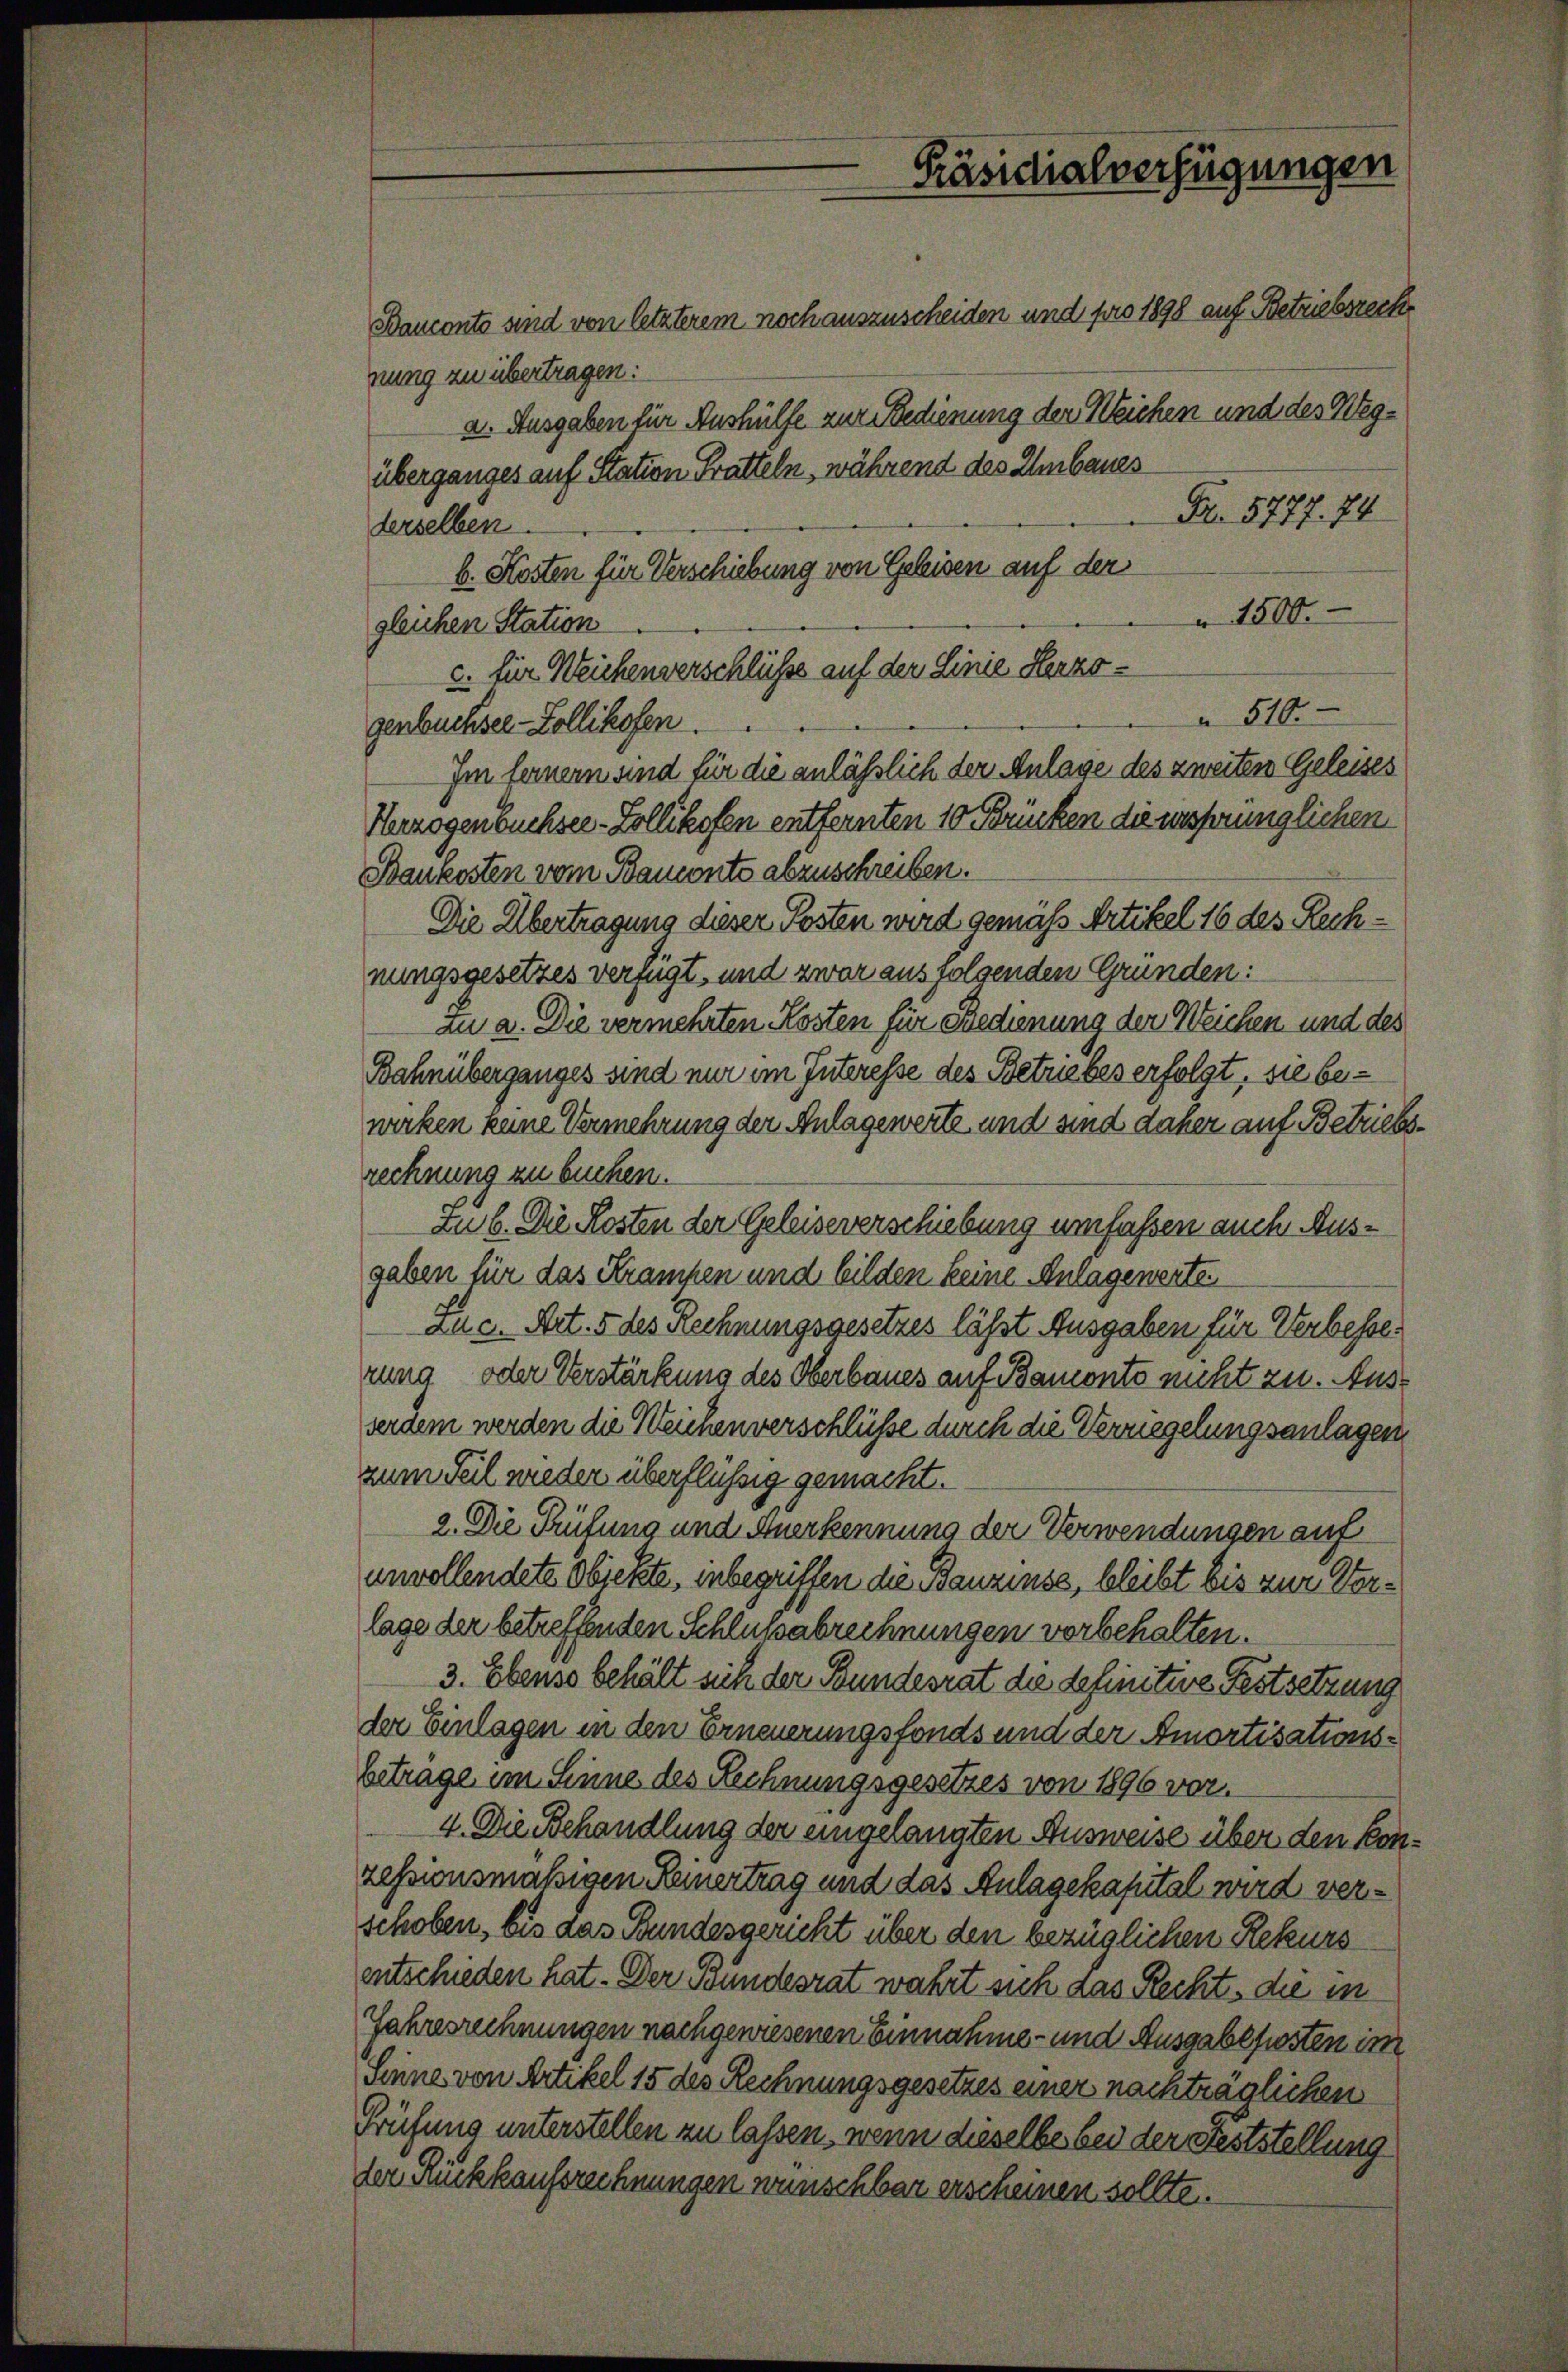
Präsidialverfügungen

Banconte sind von letzterem noch auszuscheiden und pro 1898 auf Betriebsrech
nung zu übertragen:
a. Ausgaben für Aushülfe zur Bedienung der Weichen und des Wegüberganges auf Station Pratteln, während des Umbaues
Nr. 5777. 74
derselben.
b. Kosten für Verschiebung von Geleisen auf der
1500.
gleichen Station
c. für Weichenverschlüsse auf der Linie Herzo¬
 510.
genbuchsee-Zollikofen
Im ferner sind für die anläßlich der Anlage des zweiten Geleises
Herzogenbüchsee-Zollikofen entfernten 10 Brücken die ursprünglichen
Baukosten vom Bauconte abzuschreiben.
Die Übertragung dieser Posten wird gemäß Artikel 16 des Rechnungsgesetzes verfügt, und zwar aus folgenden Gründen:
tu a. Die vermehrten Kosten für Bedienung der Weichen und des
Bahnüberganges sind nur im Interesse des Betriebes erfolgt, sie bewerken keine Vermehrung der Anlagewerte und sind daher auf Betriebs
rechnung zu buchen.
Zu b. Die Kosten der Geleiseverschiebung umfassen auch Ausgaben für das Krampen und bilden keine Anlagewerte
ad c. Art. 5 des Rechnungsgesetzes läßt Ausgaben für Verbesser
rung oder Verstärkung des Oberbaues auf Bamonts nicht zu. Ausserdem werden die Reichenverschlüsse durch die Verriegelungsanlagen
zum Teil wieder überflüssig gemacht.
2. Die Prüfung und Anerkennung der Verwendungen auf
unvollendete Objekte, inbegriffen die Bauzinse, bleibt bis zur Verlage der betreffenden Schlußabrechnungen vorbehalten.
3. Ebenso behält sich der Bundesrat die definitive Festsetzung
der Einlagen in den Erneuerungsfonds und der Amortisationsbetrage im Sinne des Rechnungsgesetzes von 1896 vor.
4. Die Behandlung der eingelangten Ausweise über den konzessionsmäßigen Reinertrag und das Anlagekapital wird verschoben, bis das Bundesgericht über den bezüglichen Rekurs
entschieden hat. Der Bundesrat wahrt sich das Recht, die in
Jahresrechnungen nachgewiesenen Einnahme- und Ausgabeposten im
Sinne von Artikel 15 des Rechnungsgesetzes einer nachträglichen
Prüfung unterstellen zu lassen, wenn dieselbe bei der Feststellung
der Rückkaufsrechnungen wünschbar erscheinen sollte.